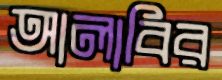
আলাবির